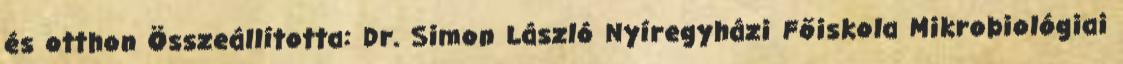
és otthon Összeállította: Dr. Simon László Nyíregyházi Főiskola Mikrobiológiai